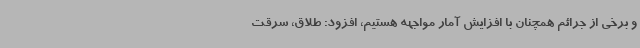
و برخی از جرائم همچنان با افزایش آمار مواجهه هستیم، افزود: طلاق، سرقت